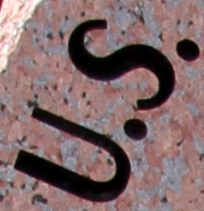
U.S.